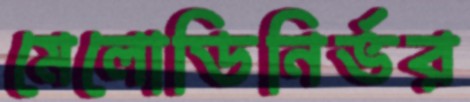
মেলোডিনির্ভর